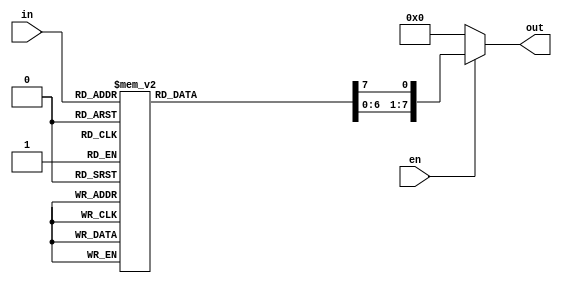
module decoder3_to_8( in,out, en);
input [2:0]  in;
input en;
output [7:0] out;
  reg [7:0] out;

 always @( in or en)
	begin

      if (en) 
        begin
          out=8'd0;
          case (in)
              3'b000: out[0]=1'b1;
              3'b001: out[1]=1'b1;
              3'b010: out[2]=1'b1;
              3'b011: out[3]=1'b1;
              3'b100: out[4]=1'b1;
              3'b101: out[5]=1'b1;
              3'b110: out[6]=1'b1;
              3'b111: out[7]=1'b1;
              default: out=8'd0;
          endcase
      end
else 
out=8'd0;
end
endmodule